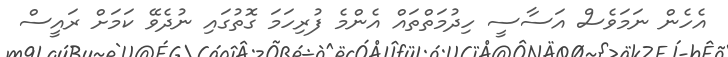
އެހެން ނަމަވެސް އަސާސީ ހިދުމަތްތައް އެންމެ ފުރިހަމަ ގޮތުގައި ނުދެވޭ ކަމަށް ރައީސް